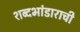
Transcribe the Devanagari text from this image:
शब्दभांडाराची